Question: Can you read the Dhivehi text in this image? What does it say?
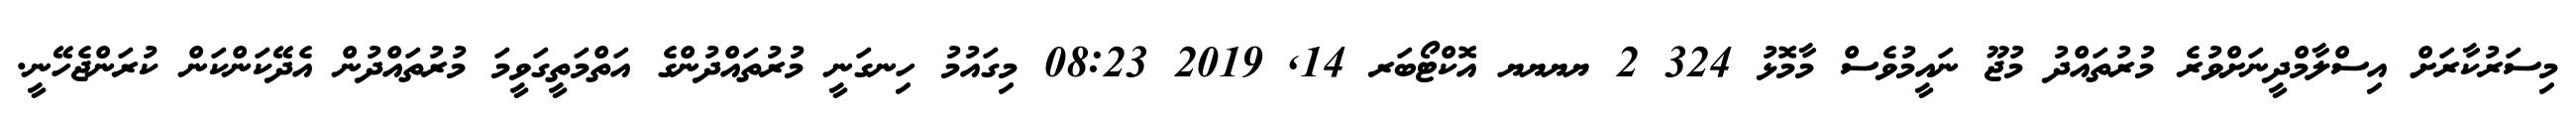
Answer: މިސަރުކާރަށް އިސްލާމްދީނަށްވުރެ މުރުތައްދު މުޖޫ ނައީމުވެސް މާމޮޅު 324 2 ޔޔޔޔ އޮކްޓޯބަރ 14, 2019 08:23 މިގައުމު ހިނގަނީ މުރުތައްދުންގެ އަތްމަތީގަވީމަ މުރުތައްދުން އެދޭކަންކަން ކުރަންޖެހޭނީ.